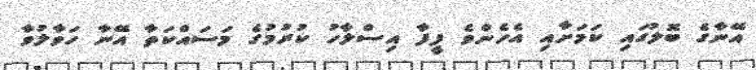
އޭނާގެ ބޮލުގައި ކަމަށާއި އެހެންވެ ފީފާ އިސްލާހު ކުރުމުގެ މަސައްކަތާ އޭނާ ހަވާލުވާ